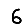
Digit: 6